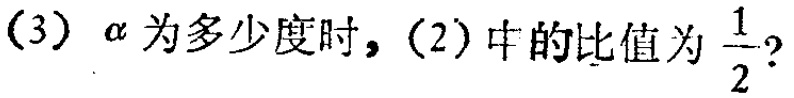
(3) $\alpha$为多少度时，(2) 中的比值为$\frac{1}{2}$?